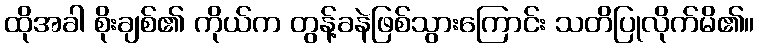
ထိုအခါ စိုးချစ်၏ ကိုယ်က တွန့်ခနဲဖြစ်သွားကြောင်း သတိပြုလိုက်မိ၏။